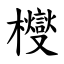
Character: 㰔